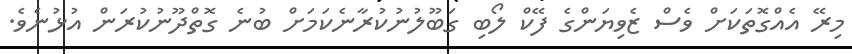
މިރޭ އެއްގޮތަކަށް ވެސް ޒެވިޔަންގެ ފޭކް ލޯބި ގަބޫލުނުކުރާނެކަމަށް ބުނެ ގޮތްދޫނުކުރަން އުޅުނެވެ.